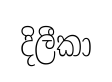
දිලීකා